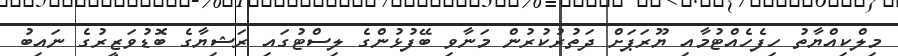
މިލްކިއްޔާތު ހިފެހެއްޓުމާއި ޔޫރަޕަށް ދަތުރުކުރުން މަނާވި ބޭފުޅުންގެ ލިސްޓުގައި ރަޝިޔާގެ ބޮޑުވަަޒީރުގެ ނައިބު